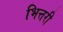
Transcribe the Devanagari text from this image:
भित्तरी